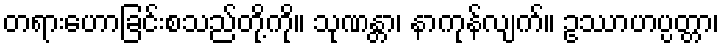
တရားဟောခြင်းစသည်တို့ကို။ သုဏန္တာ၊ နာကုန်လျက်။ ဥဿာဟပ္ပတ္တာ၊